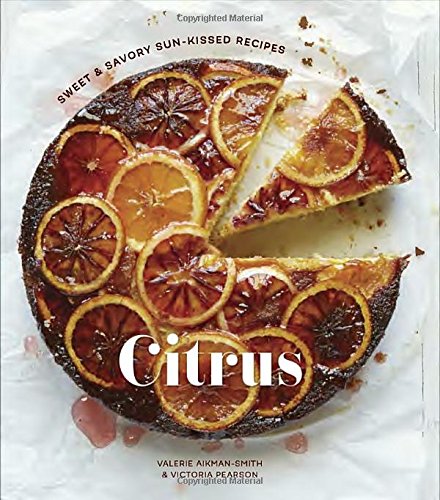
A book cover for Citrus: Sweet and Savory Sun-Kissed Recipes; Valerie Aikman-Smith; Cookbooks, Food & Wine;